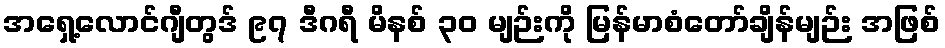
အရှေ့လောင်ဂျီတွဒ် ၉၇ ဒီဂရီ မိနစ် ၃၀ မျဉ်းကို မြန်မာစံတော်ချိန်မျဉ်း အဖြစ်